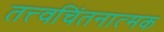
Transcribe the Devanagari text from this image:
तत्त्वचिंतनात्मक